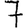
Digit: 7